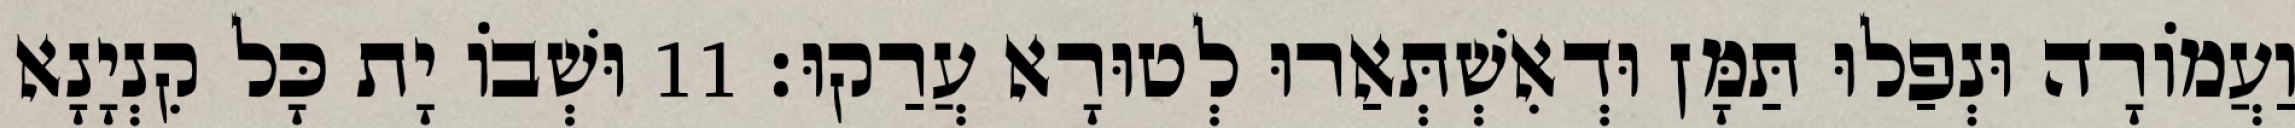
וַעֲמוֹרָה וּנְפַלוּ תַּמָּן וּדְאִשְׁתְּאַרוּ לְטוּרָא עֲרַקוּ׃ 11 וּשְׁבוֹ יָת כָּל קִנְיָנָא